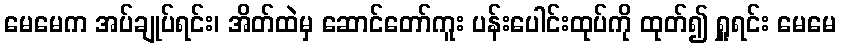
မေမေက အပ်ချုပ်ရင်း၊ အိတ်ထဲမှ ဆောင်တော်ကူး ပန်းပေါင်းထုပ်ကို ထုတ်၍ ရှူရင်း မေမေ